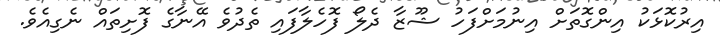
އިރުކޮޅަކު އިންގޮތަށް އިނުމަށްފަހު ޝޫޒާ ދެލޯ ފޮހެލާފައި ތެދުވެ އޭނާގެ ފޮށިތައް ނެގިއެވެ.